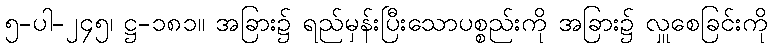
၅-ပါ-၂၄၅၊ ဋ္ဌ-၁၈၁။ အခြား၌ ရည်မှန်းပြီးသောပစ္စည်းကို အခြား၌ လှူစေခြင်းကို